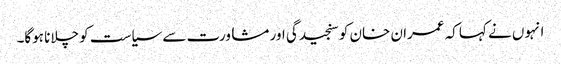
انہوں نے کہا کہ عمران خان کو سنجیدگی اور مشاورت سے سیاست کو چلانا ہوگا۔